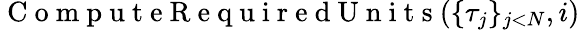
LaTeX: \mathrm{~C~o~m~p~u~t~e~R~e~q~u~i~r~e~d~U~n~i~t~s~}{(}\{ \tau_{j}\} _{j<N},i{)}